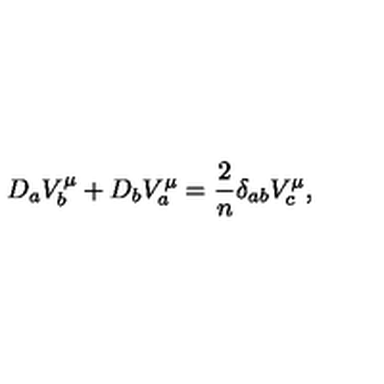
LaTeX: D _ { a } V _ { b } ^ { \mu } + D _ { b } V _ { a } ^ { \mu } = { \frac { 2 } { n } } \delta _ { a b } V _ { c } ^ { \mu } ,